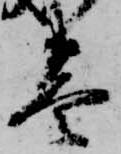
巻